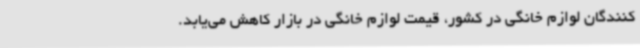
کنندگان لوازم خانگی در کشور، قیمت لوازم خانگی در بازار کاهش می‌یابد.